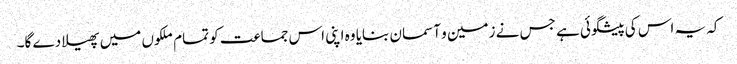
کہ یہ اس کی پیشگوئی ہے جس نے زمین و آسمان بنایا وہ اپنی اس جماعت کو تمام ملکوں میں پھیلا دے گا۔